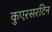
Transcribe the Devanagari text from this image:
कुएरसरटिन